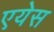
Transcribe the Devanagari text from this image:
एयेस